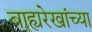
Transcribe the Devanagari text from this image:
बाह्यरेखांच्या